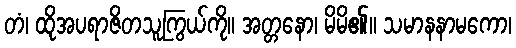
တံ၊ ထိုအပရာဇိတသူကြွယ်ကို။ အတ္တနော၊ မိမိ၏။ သမာနနာမကော၊